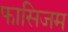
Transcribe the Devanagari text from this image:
फासिजम